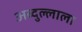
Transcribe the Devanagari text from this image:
अब्दुल्लाला